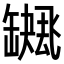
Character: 𮉻